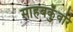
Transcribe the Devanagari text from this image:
साहबकुँवरि